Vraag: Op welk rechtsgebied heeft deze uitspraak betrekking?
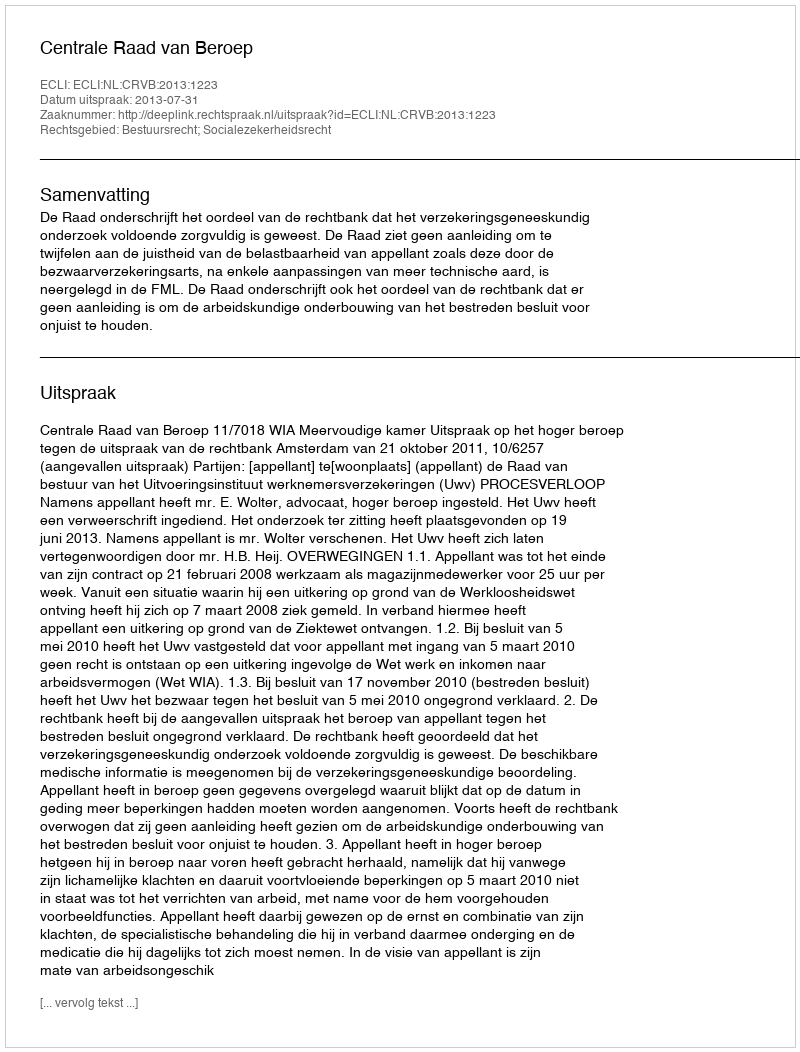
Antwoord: Bestuursrecht; Socialezekerheidsrecht